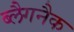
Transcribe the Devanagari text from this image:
ब्लैगनैक